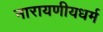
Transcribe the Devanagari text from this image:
नारायणीयधर्म